Medical and sanitary report of the native army of Bengal for the year
Year: 1877
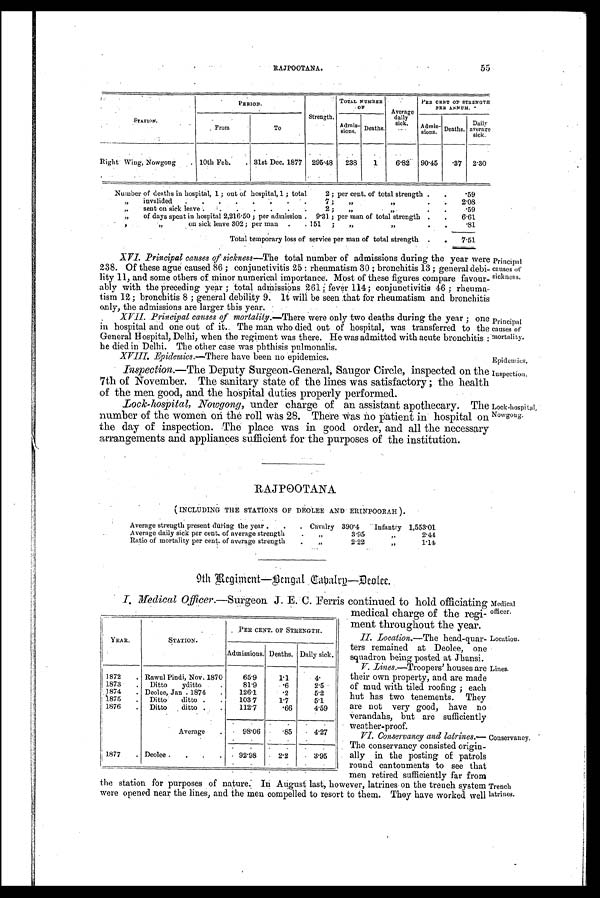
Principal
causes of
mortality.
Epidemics.
Inspection.
Medical
officer.
Location.
Lines.
Conservancy.
Trench
latrines.
RAJPOOTANA.
55
S T A T I O N .
PERIOD.
Strength.
TOTAL NUMBER
OF
Average
daily
sick.
PER CENT OF STRENGTH
PER ANNUM.
From
To
Admis-
sions.
Deaths.
Admis- s i o n s . Deaths.
Daily
average
Right Wing, Nowgong
10th Feb.
31st Dec. 1877
295.48
238
1
6.82
90.45
.37
2.30
Number of deaths in hospital, 1; out of hospital, 1 ; total
2 ; per cent. of total strength .
.
.59
,,
invalided
. .
.
.
.
.
.
.
.
7 ;
,, ,,
2.08
,,
sent on sick leave.
.
.
.
.
.
.
2 ;
,,
.
.
.59
,,
of days spent in hospital 2,216.50 ; per admission .
9.31 ; per man of total strength
.
.
6.61
,,
on sick leave 302; per man
.
. 151
;
„
,,
.
.
81
Total temporary loss of service per man of total strength
.
.
7.51
XV1. Principal causes of sickness— The total number of admissions during the year were
238. Of these ague caused 86; conjunctivitis 25 : rheumatism 30 ; bronchitis 13 ; general debi-
lity 11, and some others of minor numerical importance. Most of these figures compare favour-
ably with the Preceding year ; total admissions 261 ; fever 114; conjunctivitis 46 ; rheuma-
tism 12; bronchitis 8 ; general debility 9. It will be seen that for rheumatism and bronchitis
only, the admissions are larger this year.
XVII.
Principal causes of mortality.— There were only two deaths during the year ; one
in hospital and one out of it. The man who died out of hospital, was transferred to the
General Hospital, Delhi, when the regiment was there. He was admitted with acute bronchitis :
he died in Delhi. The other case was phthisis pulmonalis.
XVIII.
Epidemics.—There have been no epidemics.
Inspection.— The Deputy Surgeon-General, Saugor Circle, inspected on the
7th of November. The sanitary state of the lines was satisfactory ; the health
of the men good, and the hospital duties properly performed.
Lock-hospital, Nowgong, under charge of an assistant apothecary. The
number of the women on the roll was 28. There Was no patient in hospital on
the day of inspection. -The place was in good order, and all the necessary
arrangements and appliances sufficient for the purposes of the institution.
Principal
causes of
sick ness.
Lock-hospital,
Nowgong.
RAJPOOTANA
( INCLUDING THE STATIONS OF DEOLEE AND ERINPOORAH).
Average strength present during the year .
.
.
Cavalry
390.4
Infantry
1,553.01
Average daily sick per cent. of average strength
.
„
3.9
„
2.44
Ratio of mortality per cent. of average strength
.
„
2.2
,,
1.14
9th Regiment—Bengal Cabalry—Deolee.
I. Medical Officer.—Surgeon J. E. C. Ferris continued to hold officiating
medical charge of the regi-
ment throughout the year.
II. Location.— The head-quar-
ters remained at Deolee, one
squadron being posted at Jhansi.
V. Lines .—Troopers' houses are
their own property, and are made
of mud with tiled roofing ; each
hut has two tenements. They
are not very good, have no
verandahs, but are sufficiently
weather-proof.
VI.
Conservancy and latrines.—
The conservancy consisted origin-
ally in the posting of patrols
round cantonments to see that
men retired sufficiently far from
the station for purposes of nature: In August last, however, latrines on the trench system
were opened near the lines, and the men compelled to resort to them. They have worked well
YEAR.
STATION.
PER CENT. OF STRENGTH.
Admissions. Deaths.
Daily sick.
1872
. Rawul Pindi, Nov. 1870
65.9
1.1
4.
1873
.
Ditto
yditto
.
81.9
. 6
2.5
1874
. Deolee, Jan . 1874
.
126.1
. 2
5.2
1875
.
Ditto
ditto .
.
103.7
1.7
5.1
1876
.
Ditto
ditto .
.
112.7
. 6 6
4.59
Average
98.06
. 8 5.
4.27
1877
.
Deolee .
.
.
92.98
2.2
.
3.95